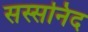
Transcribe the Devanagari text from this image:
सस्सनिद